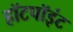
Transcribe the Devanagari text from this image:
हॉटपॉइंट